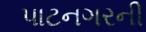
પાટનગરની